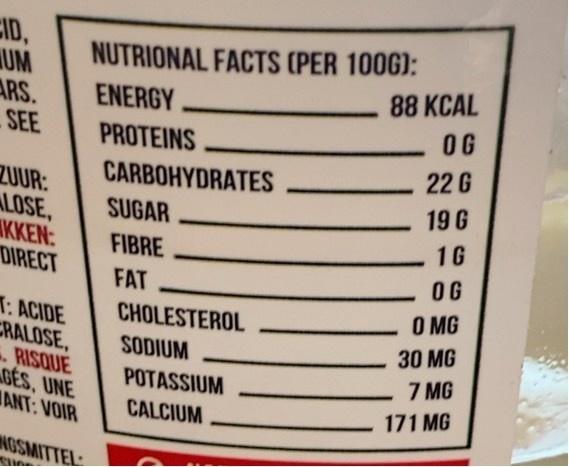
CID, NUTRIONAL FACTS (PER 100G): UM
88 KCAL
ARS. SEE
ENERGY
OG
PROTEINS
22 G
CARBOHYDRATES
ZUUR: ALOSE, KKEN: DIRECT
19 G
SUGAR
1G
FIBRE
OG
FAT
O MG
T: ACIDE CRALOSE, .RISQUE GES, UNE ANT: VOIR
CHOLESTEROL
SODIUM
30 MG
POTASSIUM
7 MG
CALCIUM
171 MG
AGSMITTEL